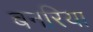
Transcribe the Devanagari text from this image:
बनरिया